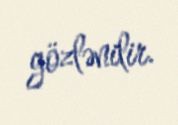
gözlənilir.